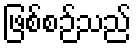
ဖြစ်စဉ်သည်